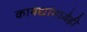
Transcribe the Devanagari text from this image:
कायद्यांमध्येही